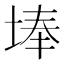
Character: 埲